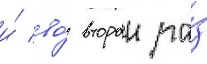
и́ во́ второи ра́з